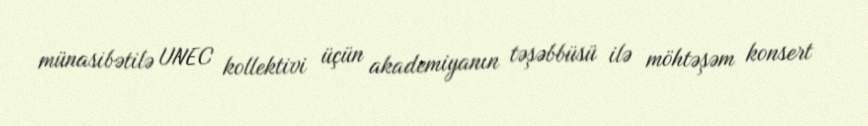
münasibətilə UNEC kollektivi üçün akademiyanın təşəbbüsü ilə möhtəşəm konsert